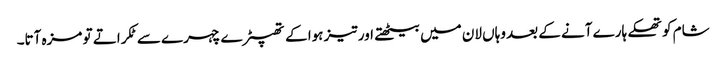
شام کو تھکے ہارے آنے کے بعد وہاں لان میں بیٹھتے اور تیز ہوا کے تھپیڑے چہرے سے ٹکراتے تو مزہ آتا۔